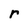
Character: r